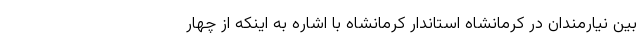
بین نیارمندان در کرمانشاه استاندار کرمانشاه با اشاره به اینکه از چهار